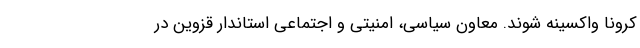
کرونا واکسینه شوند. معاون سیاسی، امنیتی و اجتماعی استاندار قزوین در